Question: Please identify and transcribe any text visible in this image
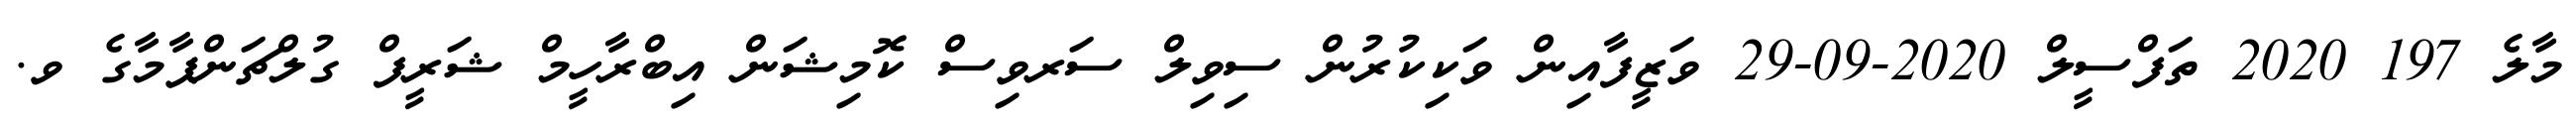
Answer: މާލެ 197 2020 ތަފްސީލް 2020-09-29 ވަޒީފާއިން ވަކިކުރުން ސިވިލް ސަރވިސް ކޮމިޝަން އިބްރާހީމް ޝަރީފް ގުލްޗަންޕާމާގެ ވ.